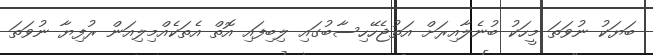
ބަޔަކު ނުވަތަ މީހަކު ބުނެލާއިރަށް އަތުޖެހޭހިސާބުގައި ލިބިފައި އޮތް އެތަކެއްމިލިއަން ރުފިޔާ ނުވަތަ